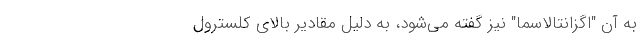
به آن "اگزانتالاسما" نیز گفته می‌شود، به دلیل مقادیر بالای کلسترول